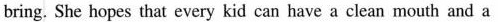
bring. She hopes that every kid can have a clean mouth and a